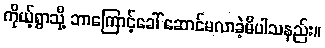
ကိုယ့်ရွာသို့ ဘာကြောင့်ခေါ် ဆောင်မလာခဲ့မိပါသနည်း။